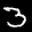
Label: 3